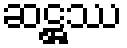
ဆဋ္ဌဿ